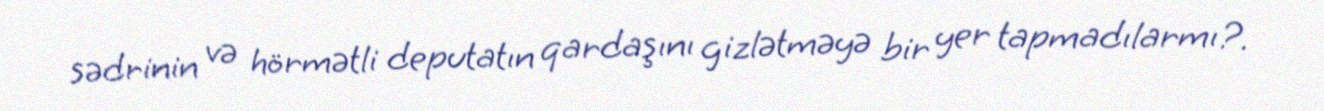
sədrinin və hörmətli deputatın qardaşını gizlətməyə bir yer tapmadılarmı?.